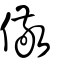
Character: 儆